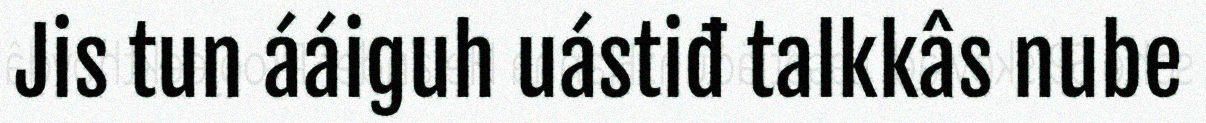
Jis tun ááiguh uástiđ talkkâs nube